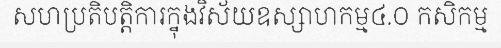
សហប្រតិបត្តិការក្នុងវិស័យឧស្សាហកម្ម៤.០ កសិកម្ម